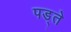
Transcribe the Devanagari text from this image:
पड्ते